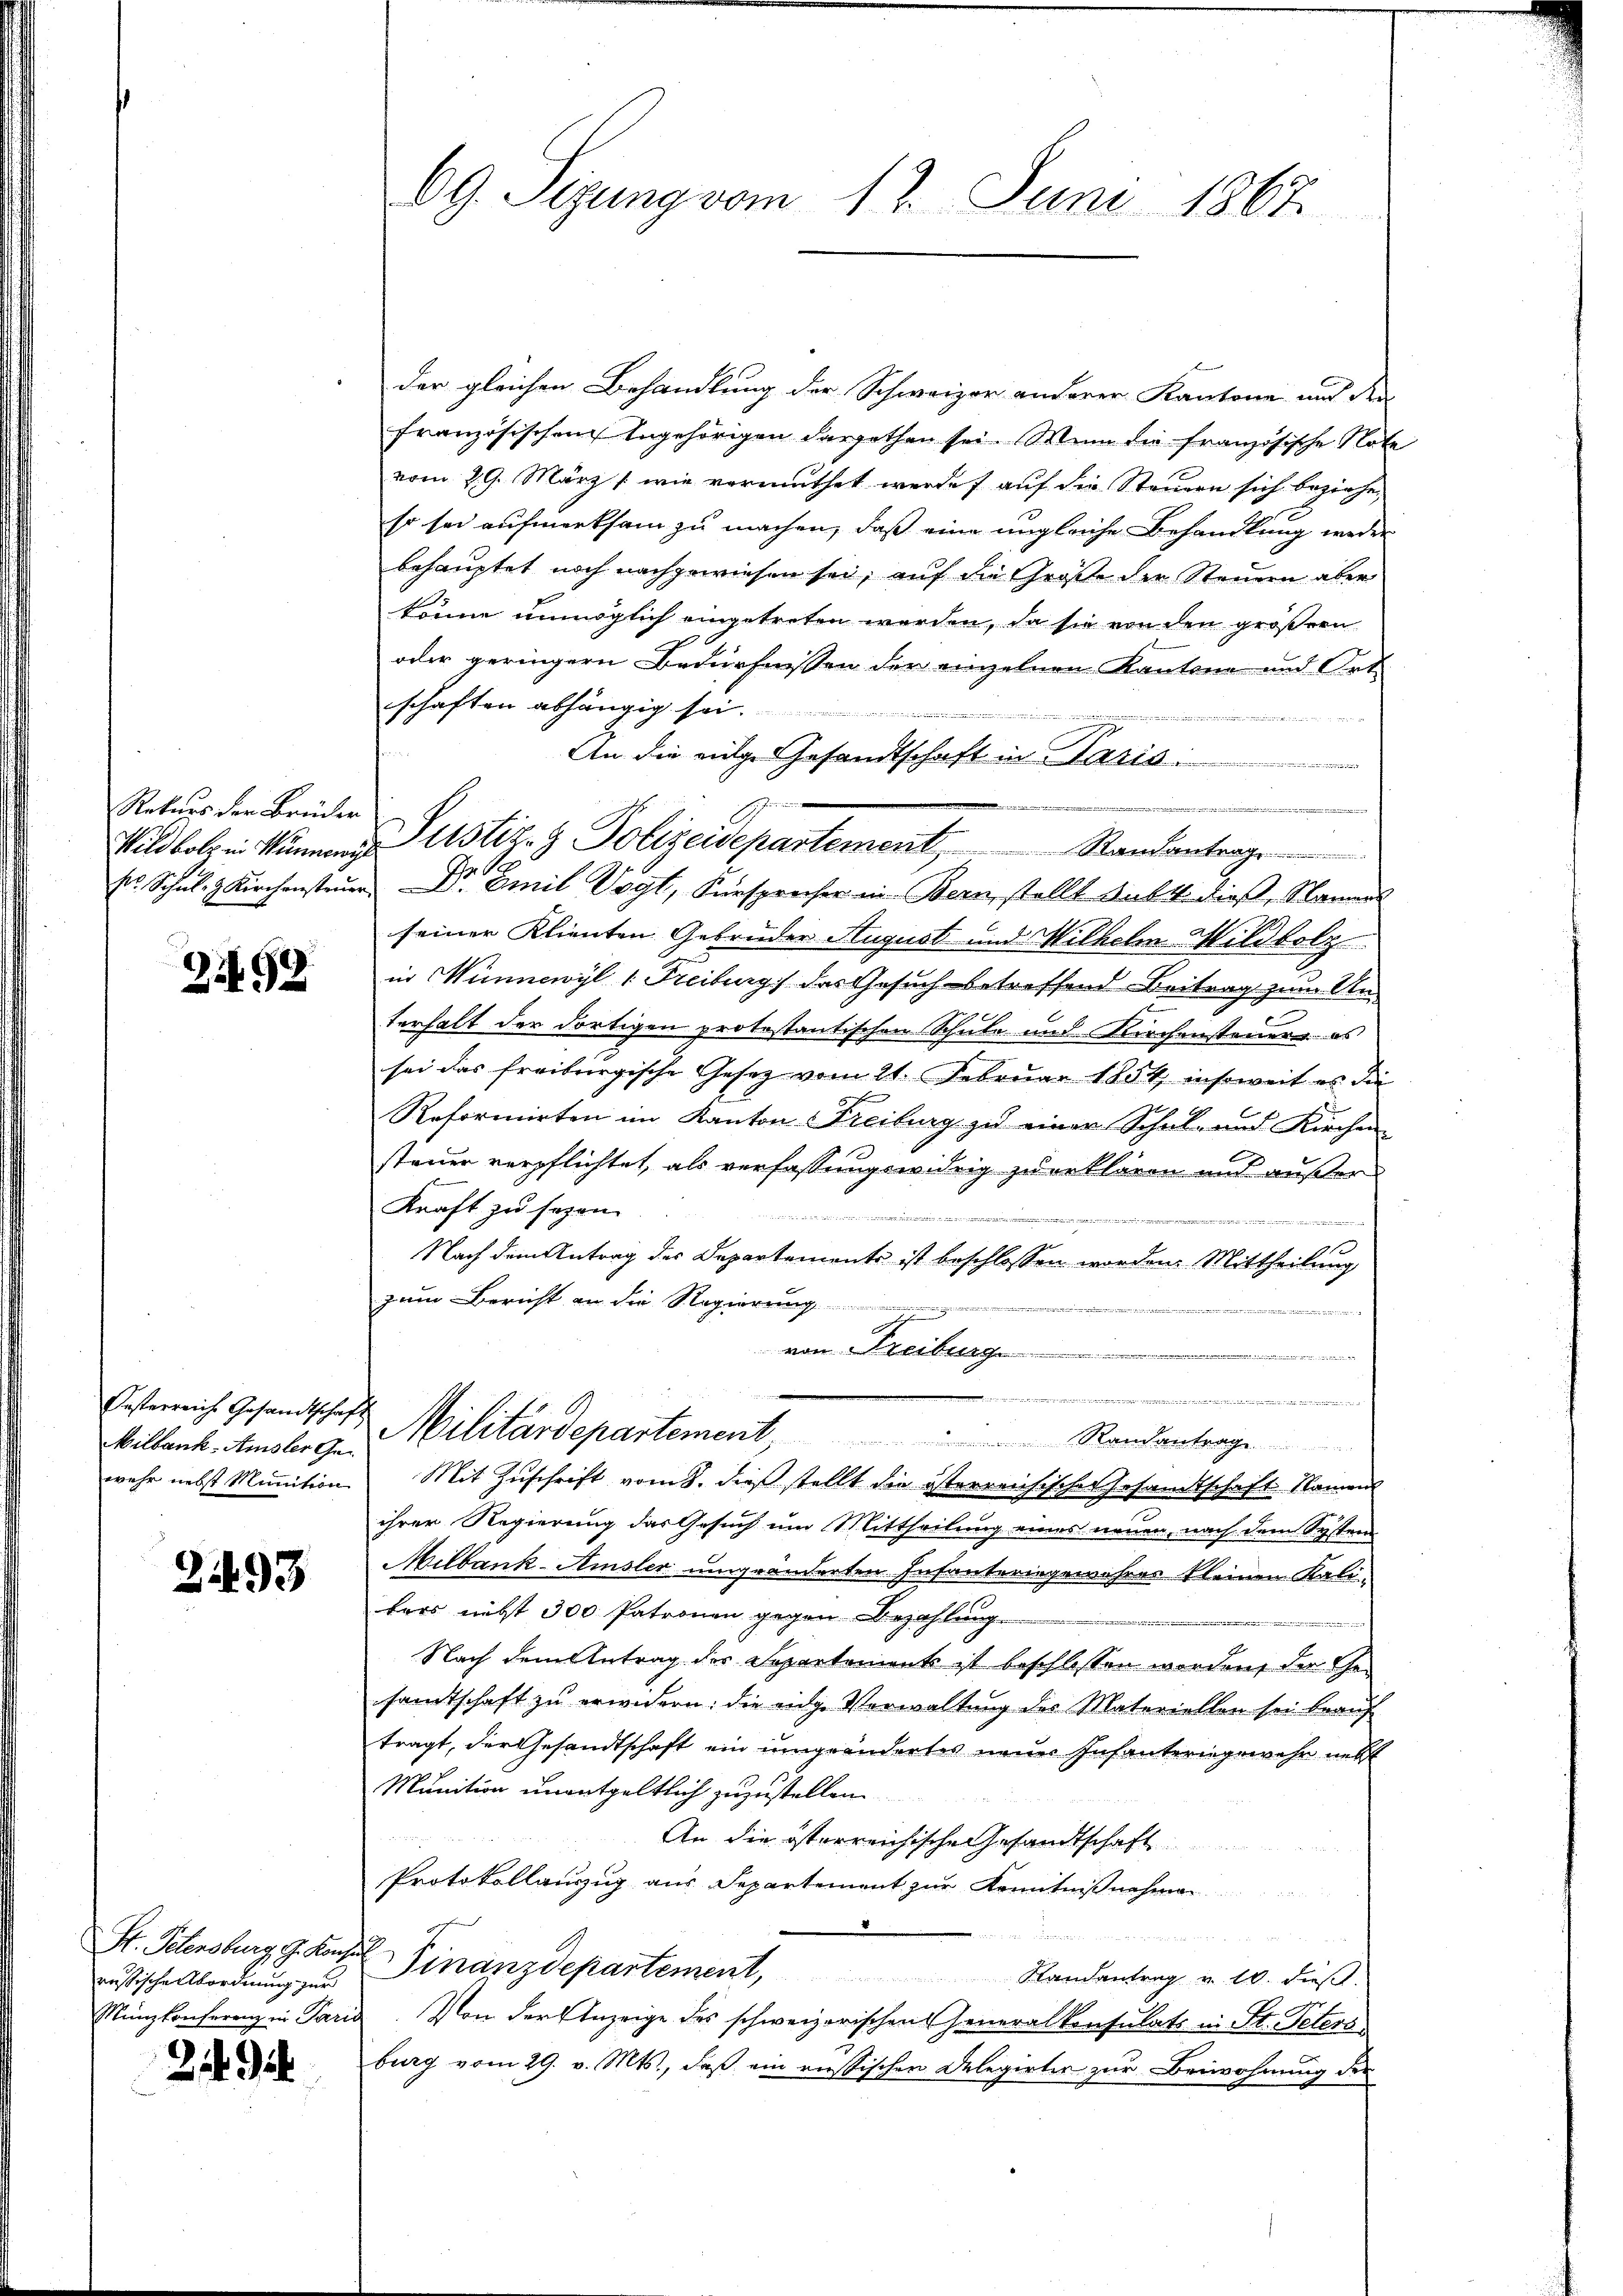
Rekurs der Brüder

Zi499

Milbank-Amsler Ge¬

21493

St. Petensburg, G. Konsul

229

der gleichen Behandlung der Schweizer anderer Kantone und den
französischen Angehörigen dargethen sei. Wenn die französische Nate
vom 29. März /: wie vermuthet werde auf die Steuern sich beziehe,
so sei aufmerksam zu machen, daß eine ungleiche Behandlung weder
behauptet noch nachgewiesen sei, auf die Große der Steuern aber
könne unmöglich eingetreten werden, da sie von den größern
oder geringern Bedürfnissen der einzelnen Kantone und Ort
schaften abhängig sei.
An die eige Gesandtschaft in Paris
r Schul- & Kirchensteŭer Dr. Emil Vogt, Fürsprecher in Bern, stellt Subst dieß, Namen
seiner Klienten Gebrüder August und Wilhelm Wildbolz
in Winnewyl 1 Freiburg, das Gesuch betreffend Beitrag zum Un-
terhalt der dortigen protestantischen Schule und Kirchensteuern es
sei das freiburgische Gesetz vom 21. Februar 1854, insoweit es die
Reformirten im Kanton Freiburg zu einer Schul- und Kirchen
steuer verpflichtet, als verfassungswidrig zu erklären und außer
Kraft zu sehen.
n
.
Nach dem Antrag des Departements ist beschlossen worden. Mittheilung
zum Bericht an die Regierung
.
von Freiburg

 in eine weise in der eine
Pesterreich Gesandtschaft Militärdepartement, Randantrage
wehr nebst Minition. Mit Zŭschrift vom 8. dieβ stellt die österreichisches Gesandtschaft. Namens
ihrer Regierung das Gesuch um Mittheilung eines neuen nach dem System
Milbank-Amsler umgeänderten Infanteringewehrer kleinen Kalibers nett 300 Patronen gegen Bezahlung

Nach dem Antrag des Separtement ist beschlossen worden, der Gesamtschaft zŭ erwidern: die eidg. Verwaltung des Materiellen sei beaŭf
tragt, der Gesandtschaft ein umgeändertes neuer Infanteringewehr nett
Munition unentgeltlich zuzustellen.
An die österreichische Gesandtschaft
Protokollauszug aus Departement zur Kenntnißnahmen

russische Abordnung zu Finanzdepartement, Mandantrag v. 10. dieβ.
Nunzkonferenz in Paris. Von der Anzeige des schweizerischen Generalkonsulats in St. Peters
burg vom 29. v. Mts., daß ein russischen Delegirter zur Beiwohnung des

69. Sezung vom 13. Juni 1867

Wildbolz in kümmer Justiz- & Polizeidepartement Standantrage

tidee der